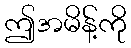
ဤအမိန့်ကို